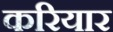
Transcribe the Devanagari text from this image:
करियार